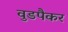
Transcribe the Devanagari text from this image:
वुडपैकर